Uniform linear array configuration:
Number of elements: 4
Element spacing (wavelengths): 1
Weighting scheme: hamming
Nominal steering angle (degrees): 0
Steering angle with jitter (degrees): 0.2811
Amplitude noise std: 0.05
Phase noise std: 0.05

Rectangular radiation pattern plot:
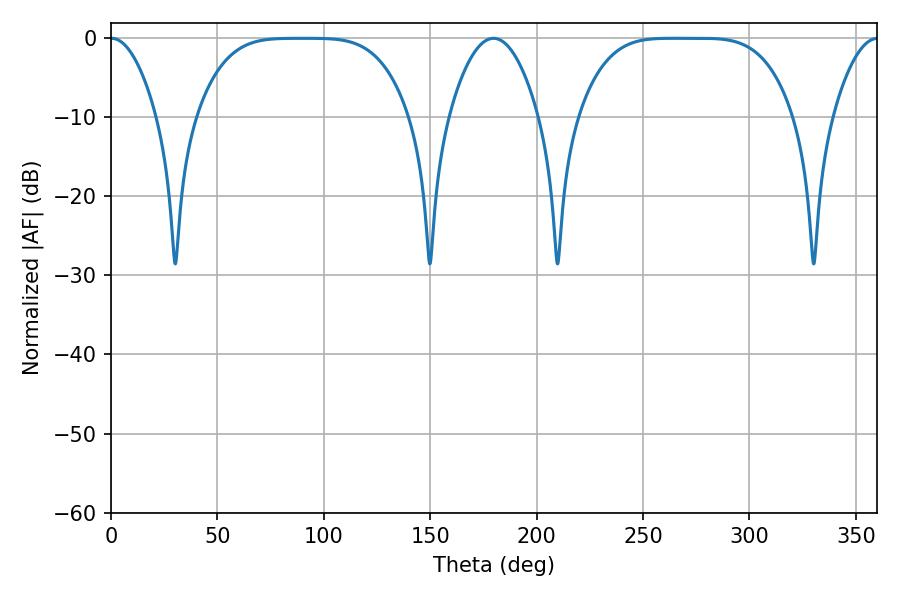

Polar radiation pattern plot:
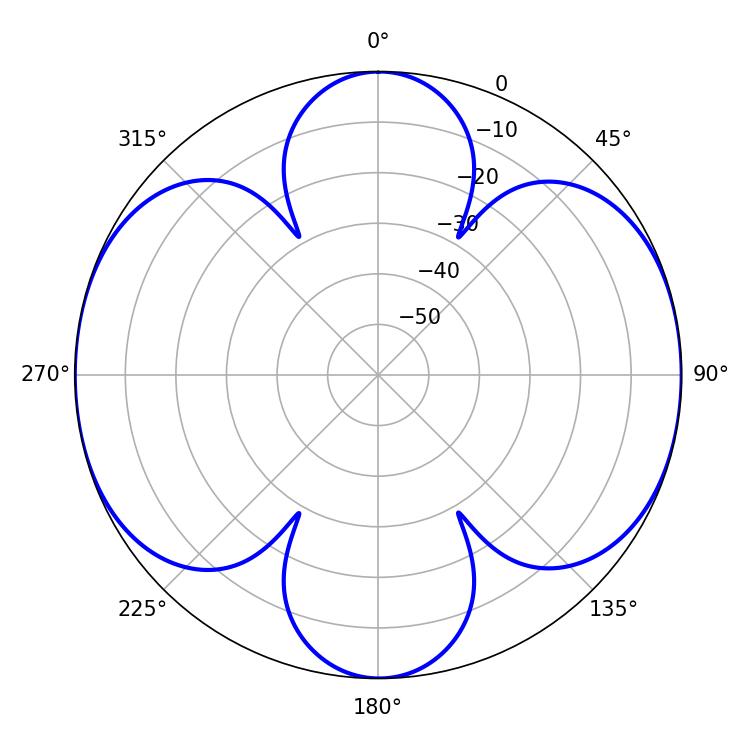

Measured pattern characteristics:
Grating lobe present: TRUE
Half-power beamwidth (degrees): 74.88
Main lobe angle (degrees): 264.6